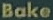
Bake